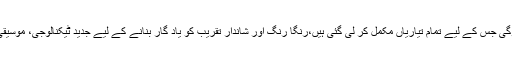
اولمپکس کی افتتاحی تقریب 5 اگست کو برازیل میں ہوگی جس کے لیے تمام تیاریاں مکمل کر لی گئی ہیں،رنگا رنگ اور شاندار تقریب کو یاد گار بنانے کے لیے جدید ٹیکنالوجی، موسیقی، کرتب اور رقص کو حتمی کو شکل دی جا رہی ہے۔